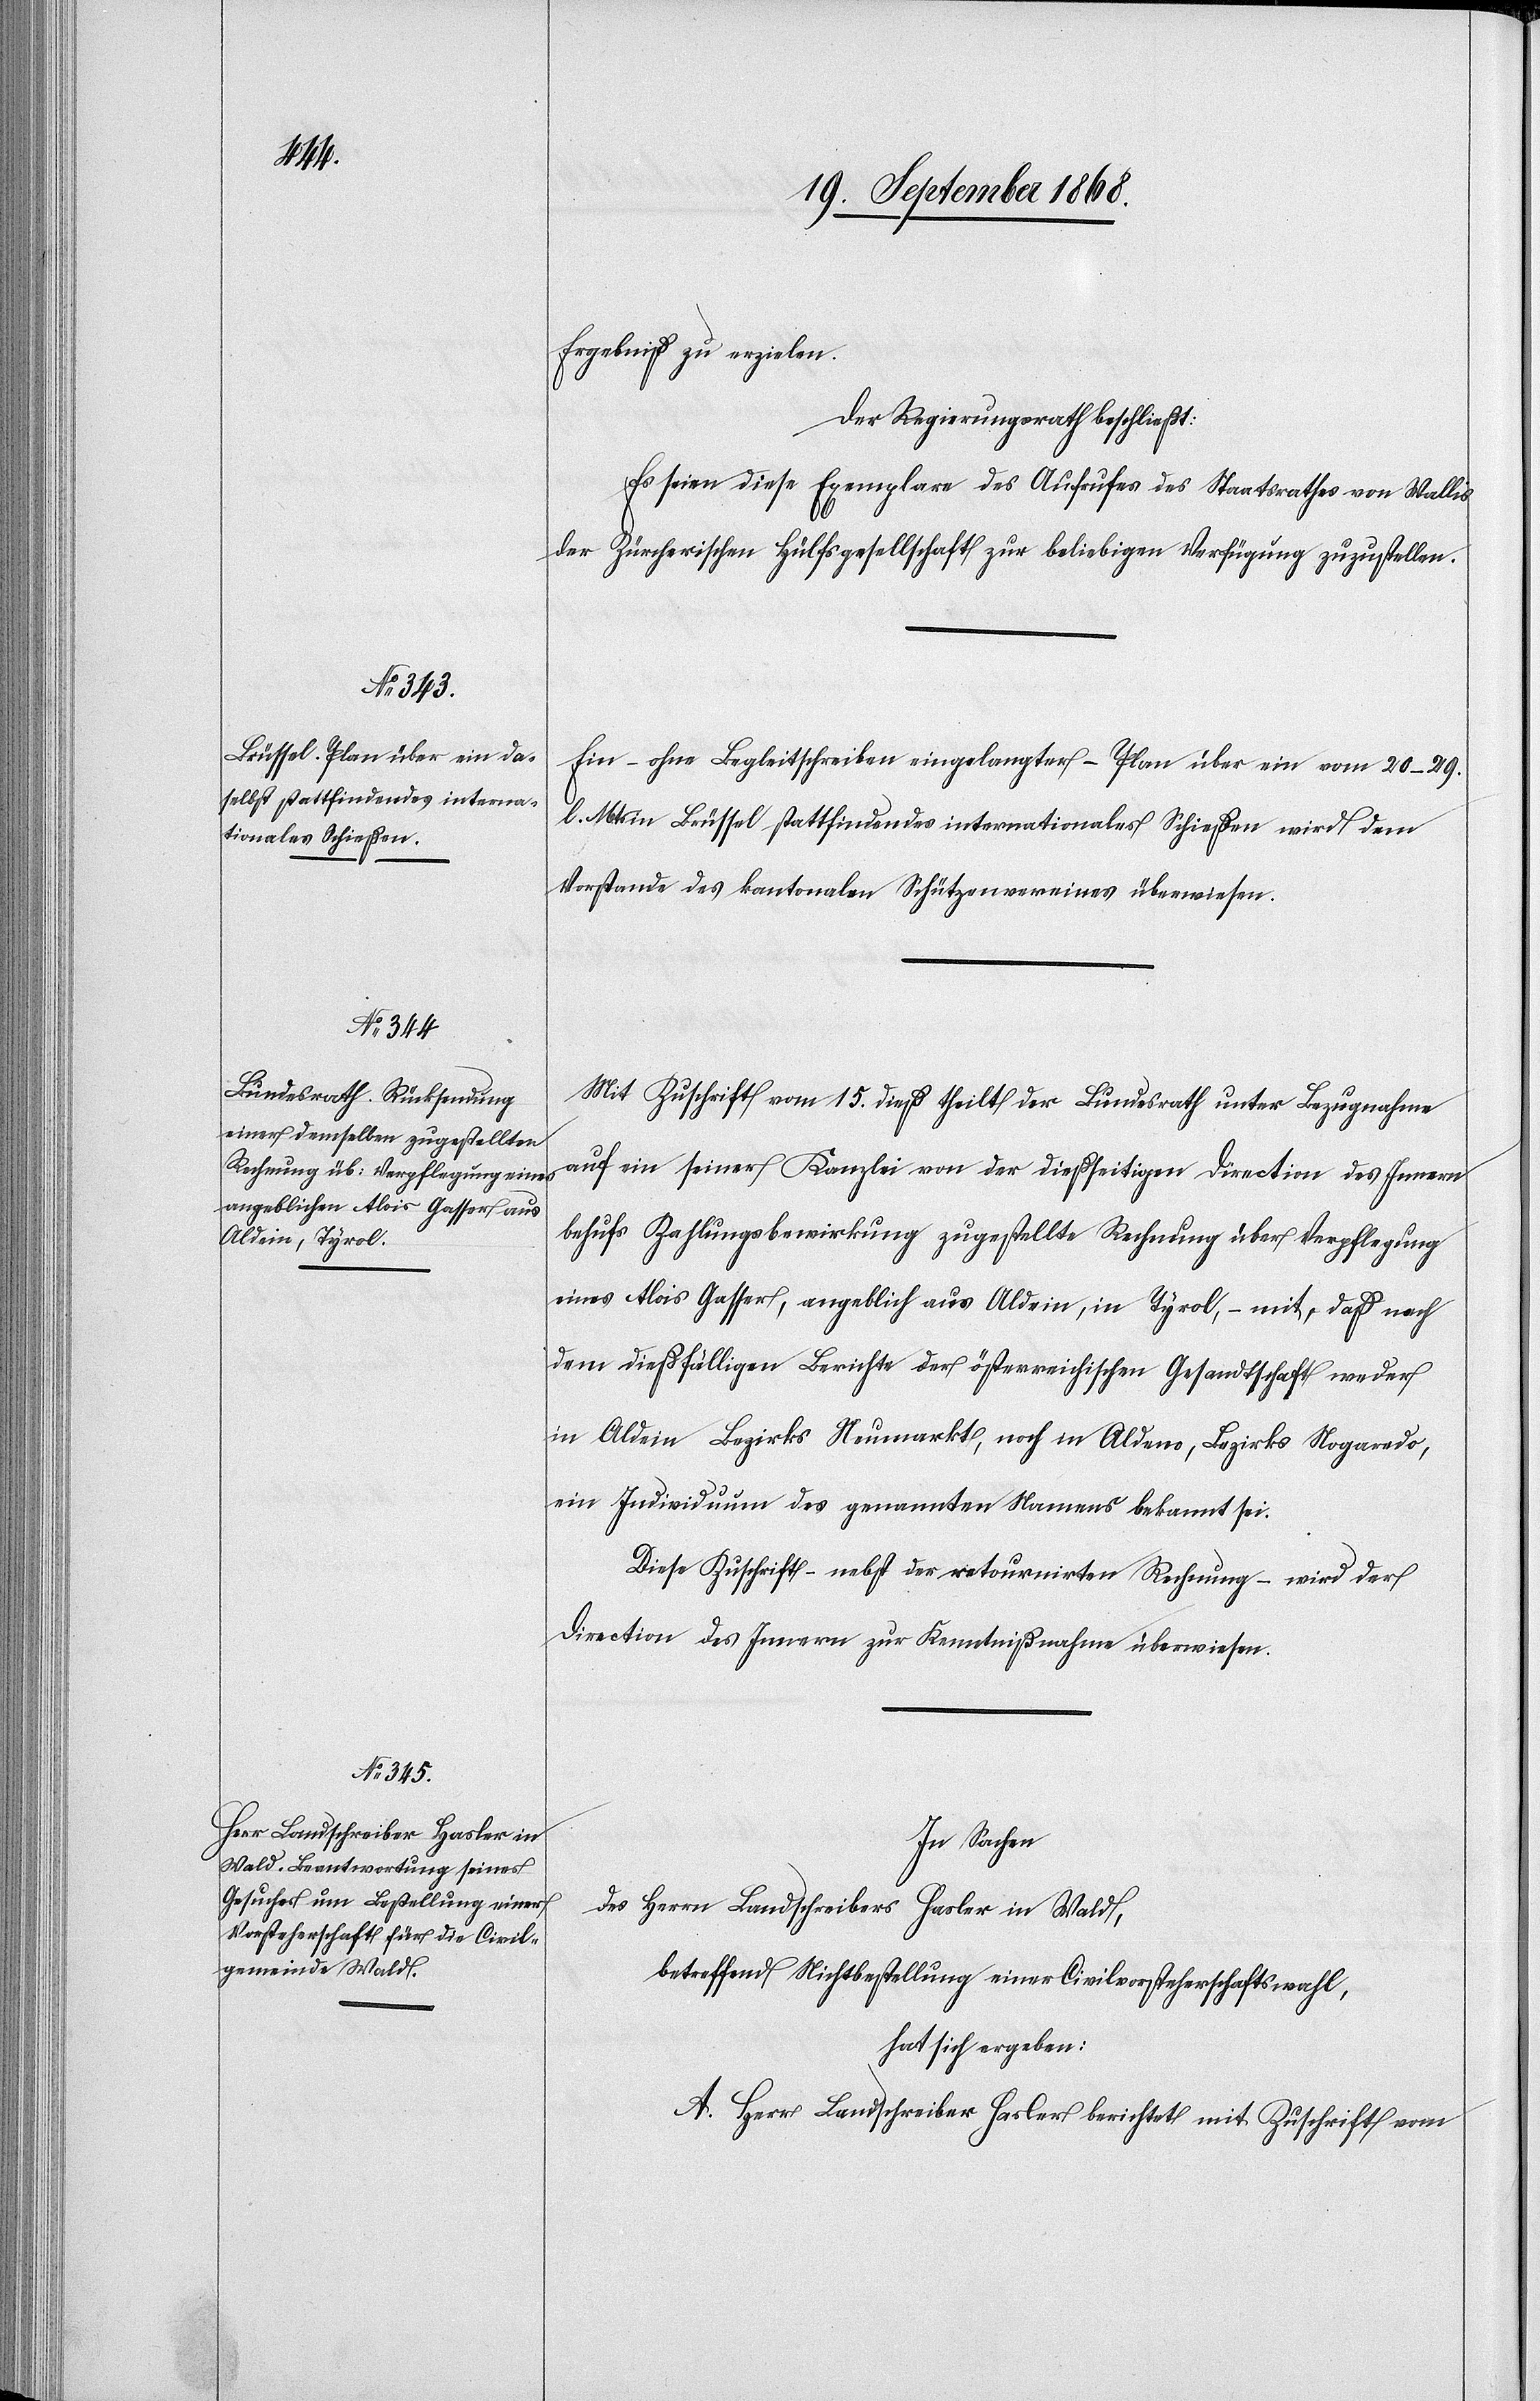
Ergebniß zu erzielen.
Der Regierungsrath beschließt:
Es seien diese Exemplare des Aufrufes des Staatsrathes von Wallis
der Zürcherischen Hülfsgesellschaft zur beliebigen Verfügung zuzustellen.
Ein – ohne Begleitschreiben eingelangter – Plan über ein vom 20–29.
l. Mts in Brüssel stattfindendes internationales Schießen wird dem
Vorstande des kantonalen Schützenvereines überwiesen.
Mit Zuschrift vom 15. dieß theilt der Bundesrath unter Bezugnahme
auf ein[e] seiner Kanzlei von der dießseitigen Direction des Innern
behufs Zahlungsbewirkung zugestellte Rechnung über Verpflegung
eines Alois Gasser, angeblich aus Aldein, in Tyrol, – mit, daß nach
dem dießfälligen Berichte der österreichischen Gesandtschaft weder
in Aldein Bezirks Neumarkt, noch in Aldeno, Bezirks Nogaredo,
ein Individuum des genannten Namens bekannt sei.
Diese Zuschrift – nebst der retournirten Rechnung – wird der
Direction des Innern zur Kenntnißnahme überwiesen.
In Sachen
des Herrn Landschreibers Hasler in Wald,
betreffend Nichtbestellung einer Civilvorsteherschaftswahl,
hat sich ergeben:
A. Herr Landschreiber Hasler berichtet mit Zuschrift vom